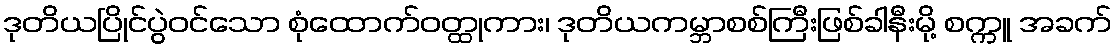
ဒုတိယပြိုင်ပွဲဝင်သော စုံထောက်ဝတ္ထုကား၊ ဒုတိယကမ္ဘာစစ်ကြီးဖြစ်ခါနီးမို့ စက္ကူ အခက်